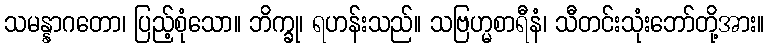
သမန္နာဂတော၊ ပြည့်စုံသော။ ဘိက္ခု၊ ရဟန်းသည်။ သဗြဟ္မစာရီနံ၊ သီတင်းသုံးဘော်တို့အား။